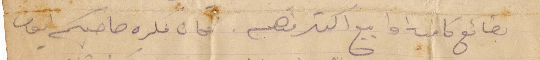
بضائع كافية وابيع اكتر منهم. فكان فلره صاحبكم أيوب